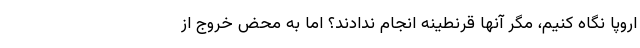
اروپا نگاه کنیم، مگر آنها قرنطینه انجام ندادند؟ اما به محض خروج از